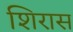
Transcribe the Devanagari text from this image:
शिरास